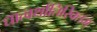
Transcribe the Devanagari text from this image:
धात्वर्थातिरिक्तम्